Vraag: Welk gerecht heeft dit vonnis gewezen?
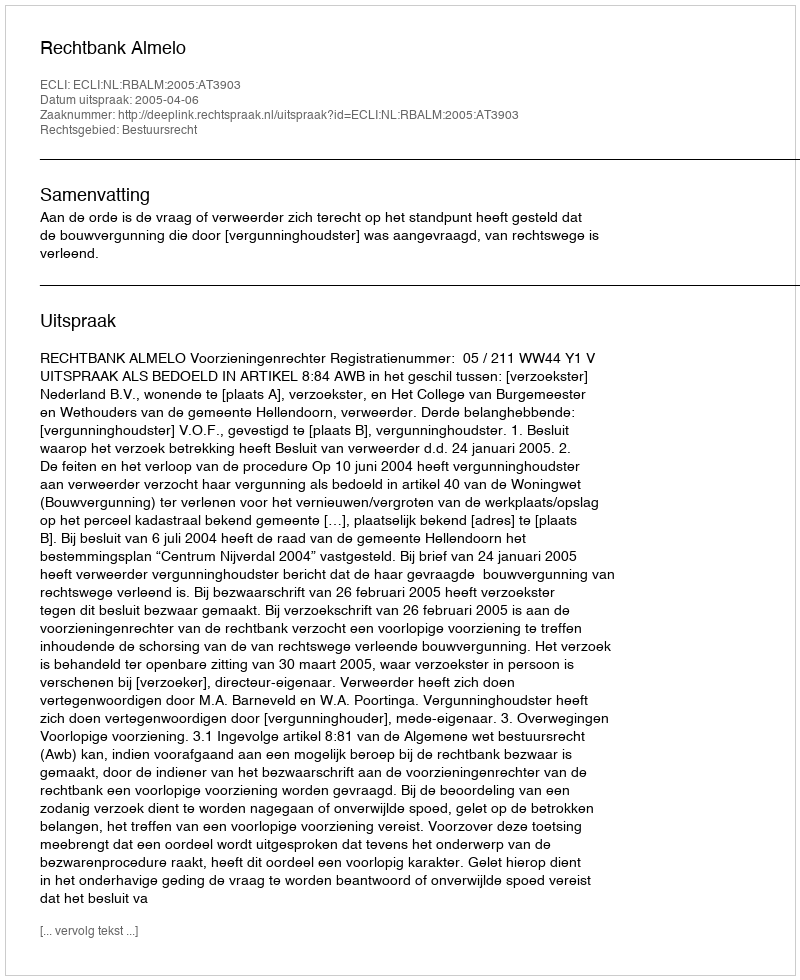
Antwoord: Rechtbank Almelo